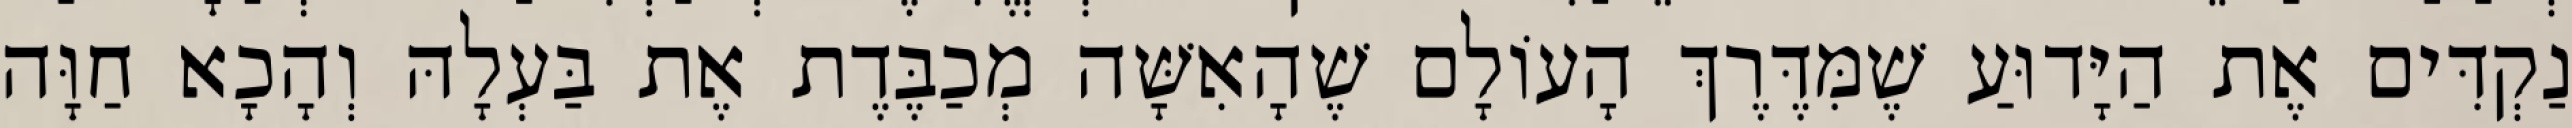
נַקְדִּים אֶת הַיָּדוּעַ שֶׁמִּדֶּרֶךְ הָעוֹלָם שֶׁהָאִשָּׁה מְכַבֶּדֶת אֶת בַּעְלָהּ וְהָכָא חַוָּה